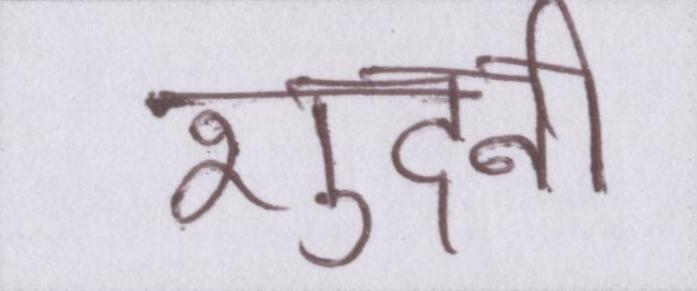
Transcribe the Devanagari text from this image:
शुदनी